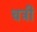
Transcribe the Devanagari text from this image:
चत्री